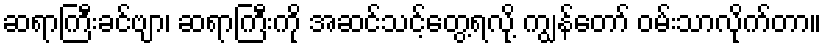
ဆရာကြီးခင်ဗျာ၊ ဆရာကြီးကို အဆင်သင့်တွေ့ရလို့ ကျွန်တော် ဝမ်းသာလိုက်တာ။